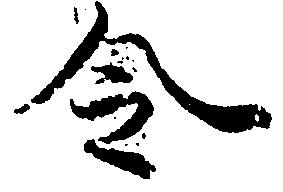
令